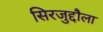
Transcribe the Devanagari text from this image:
सिरजुद्दौला